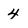
Character: 4